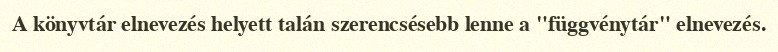
A könyvtár elnevezés helyett talán szerencsésebb lenne a "függvénytár" elnevezés.